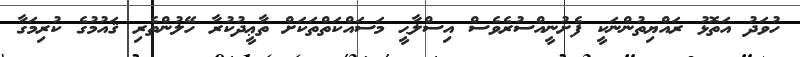
ހުވަދު އަތޮޅު ރައްޔިތުންނަކީ ފެށުނީއްސުރެވެސް އިސްލާޙީ މަސައްކަތްތަކަށް ތާޢީދުކުރާ ހޭލުންތެރި ޤައުމުގެ ކުރިމަގާ